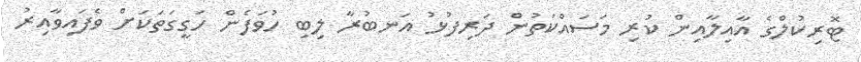
ޓޮރިކުލްގެ އާއިލާއިން ކުރި މަސައްކަތުން ދަރިފުޅު އަނބުރާ ލިބި ހުވަފެން ހަގީގަތަކަށް ވެފައިވާއިރު